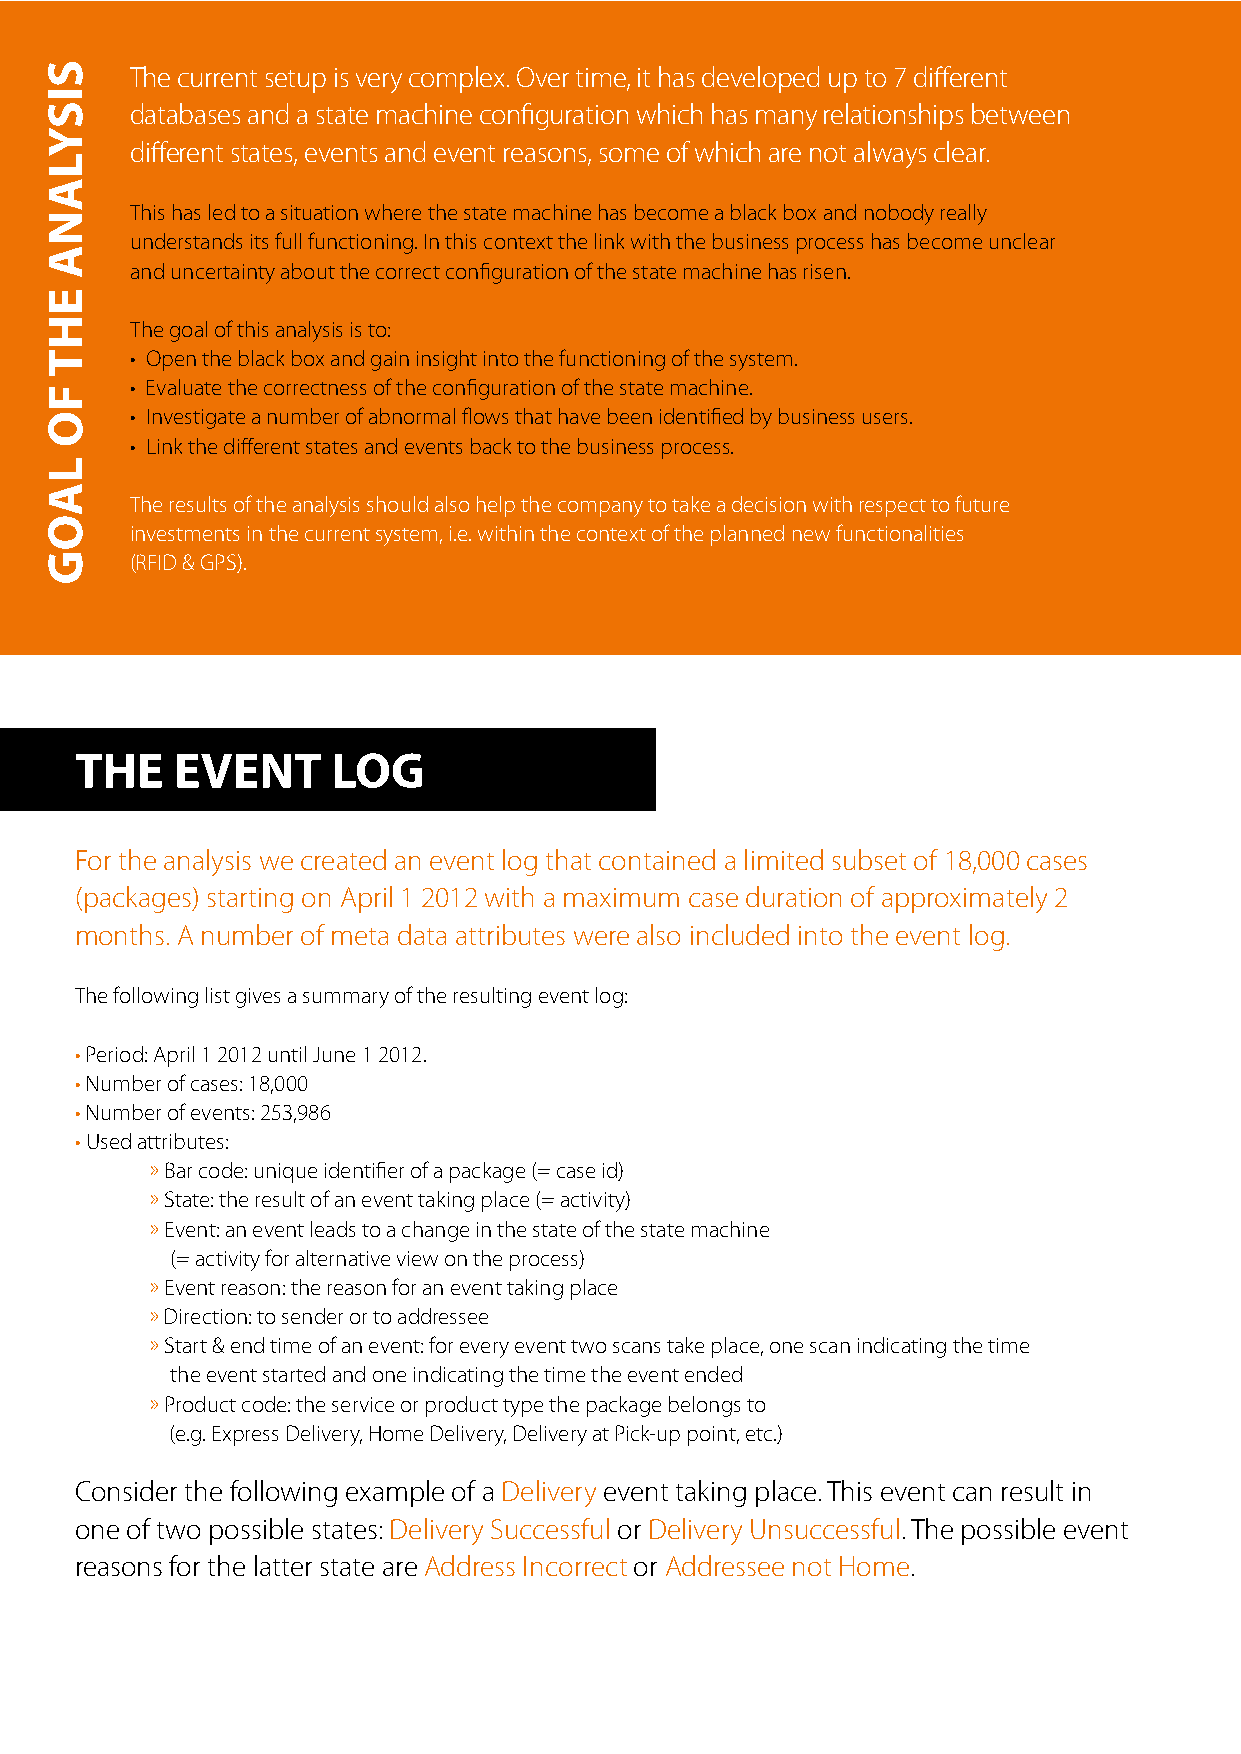
The current setup is very complex. Over time, it has developed up to 7 different
 databases and a state machine configuration which has many relationships between
 different states, events and event reasons, some of which are not always clear.
 This has led to a situation where the state machine has become a black box and nobody really
 understands its full functioning. In this context the link with the business process has become unclear
 and uncertainty about the correct configuration of the state machine has risen.
 The goal of this analysis is to:
 • Open the black box and gain insight into the functioning of the system.
 • Evaluate the correctness of the configuration of the state machine.
 • Investigate a number of abnormal flows that have been identified by business users.
 • Link the different states and events back to the business process.
 The results of the analysis should also help the company to take a decision with respect to future
 investments in the current system, i.e. within the context of the planned new functionalities
 (RFID & GPS).
 THE   EVENT      LOG
 For the analysis we created an event log that contained a limited subset of 18,000 cases
 (packages) starting on April 1 2012 with a maximum case duration of approximately 2
 months. A number of meta data attributes were also included into the event log.
 The following list gives a summary of the resulting event log:
 • Period: April 1 2012 until June 1 2012.
 • Number of cases: 18,000
 • Number of events: 253,986
 • Used attributes:
 » Bar code: unique identifier of a package (= case id)
 » State: the result of an event taking place (= activity)
 » Event: an event leads to a change in the state of the state machine
 (= activity for alternative view on the process)
 » Event reason: the reason for an event taking place
 » Direction: to sender or to addressee
 » Start & end time of an event: for every event two scans take place, one scan indicating the time
 the event started and one indicating the time the event ended
 » Product code: the service or product type the package belongs to
 (e.g. Express Delivery, Home Delivery, Delivery at Pick-up point, etc.)
 Consider the following example of a Delivery event taking place. This event can result in
 one of two possible states: Delivery Successful or Delivery Unsuccessful. The possible event
 reasons for the latter state are Address Incorrect or Addressee not Home.
 SISYLANA
 EHT
 FO
 LAOG